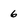
Character: 6